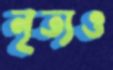
নৃত্যও